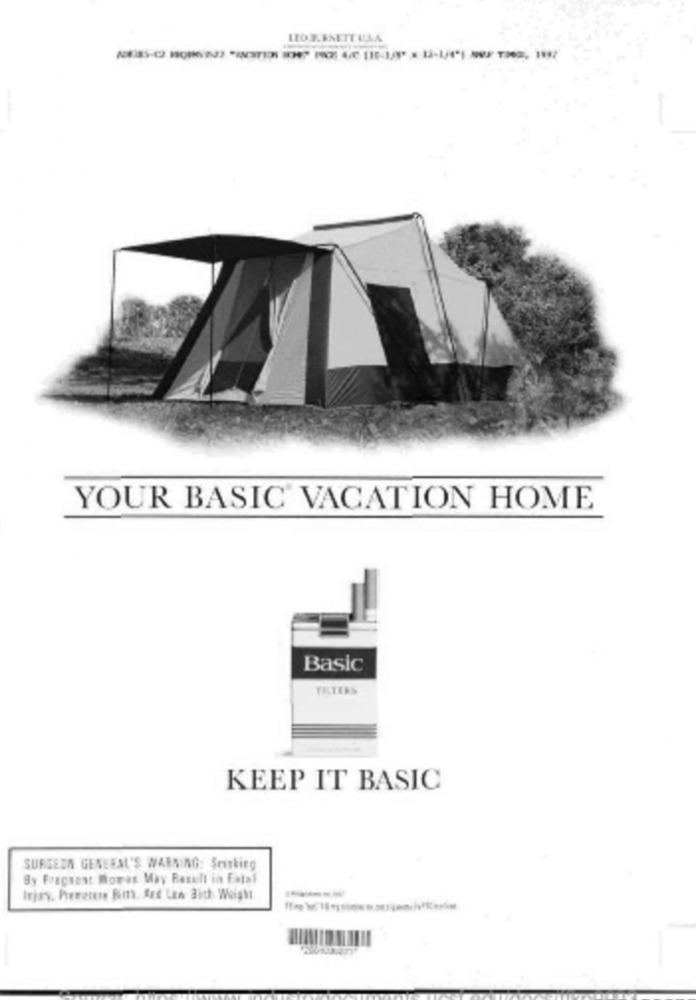
YOUR BASIC VACATION HOME
Basic
FILTERS
KEEP IT BASIC
SURGEEN GENERAL'S WARNING: Sriskirg
By Pregnant Moret May Result in Fatal
Itjay. Prerates Fim, And Len Bich Weight